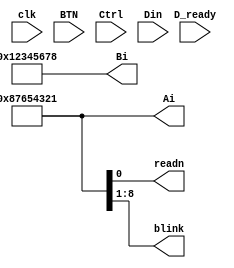
`timescale 1ns / 1ps
//////////////////////////////////////////////////////////////////////////////////
// Company: 
// Engineer: 
// 
// Design Name: 
// Module Name:    Input_2_32bit 
// Project Name: 
// Target Devices: 
// Tool versions: 
// Description: 
//
// Dependencies: 
//
// Revision: 
// Revision 0.01 - File Created
// Additional Comments: 
//
//////////////////////////////////////////////////////////////////////////////////
module   SEnter_2_32(input clk,
							input[2:0] BTN,				//SAnti_jitter
							input [4:0] Ctrl,				//{SW[7:5],SW[15],SW[0]}
							input D_ready,					//SAnti_jitter
							input [4:0]Din,
							output reg readn, 			//=0
							output reg[31:0]Ai=32'h87654321,	//32Ai
							output reg[31:0]Bi=32'h12345678,	//32Bi
						   output reg [7:0 ]blink				//
							);
							
	
endmodule